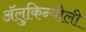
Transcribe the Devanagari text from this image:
ॲलुकिन्योली